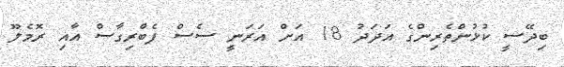
ބިދޭސީ ކުޅުންތެރިންގެ އަދަދު 18 އަށް އަރަނީ ސެސް ފެބްރިގާސް އާއި ރޮމެލޫ